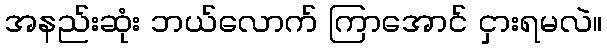
အနည်းဆုံး ဘယ်လောက် ကြာအောင် ငှားရမလဲ။